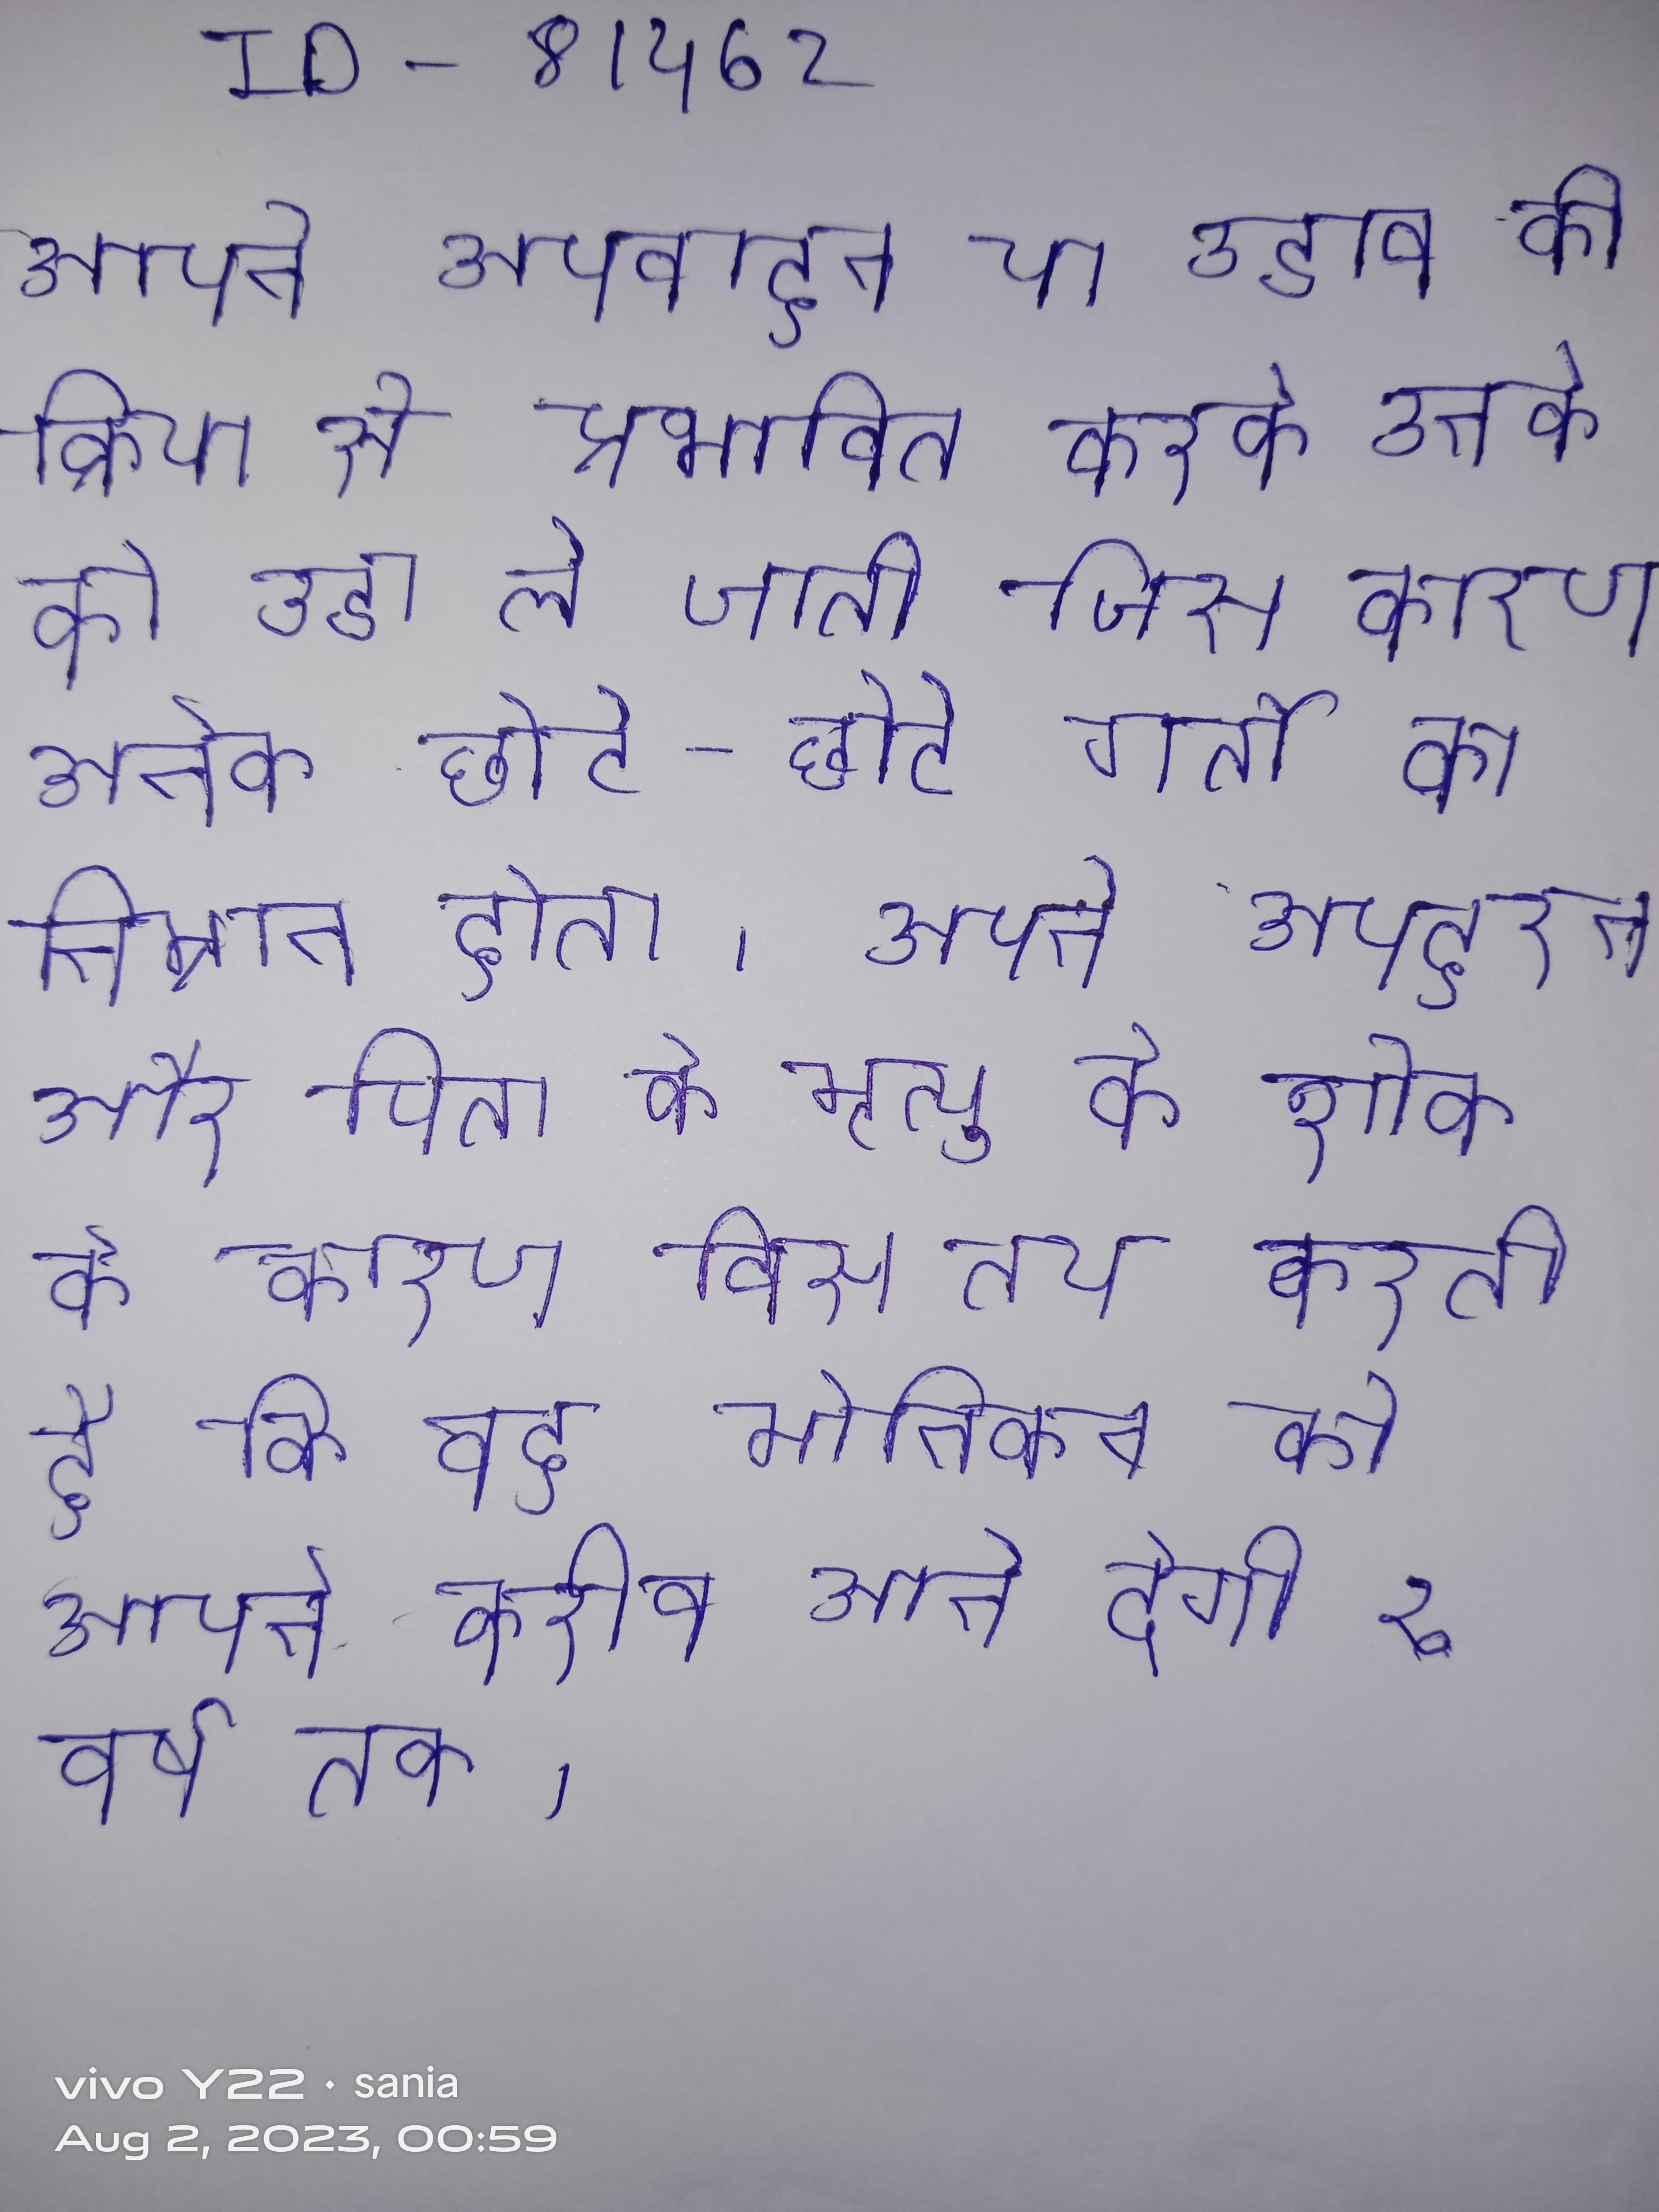
अपने अपवाहन या उडाव की क्रिया से प्रभावित करके उनके को उडा ले जाती जिस कारण अनेक छोटे-छोटे गर्तो का निर्माण होता । अपने अपहरण और पिता की मृत्यु के शोक के कारण विस तय करती है कि वह मोनिकन को अपने करीब आने देगी १ वर्ष तक ।